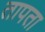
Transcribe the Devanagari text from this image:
तापता